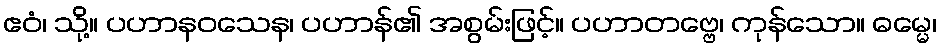
ဧဝံ၊ သို့။ ပဟာနဝသေန၊ ပဟာန်၏ အစွမ်းဖြင့်။ ပဟာတဗ္ဗေ၊ ကုန်သော။ ဓမ္မေ၊